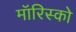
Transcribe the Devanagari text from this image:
मॉरिस्को